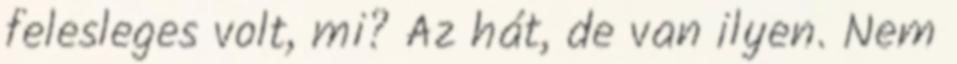
felesleges volt, mi? Az hát, de van ilyen. Nem